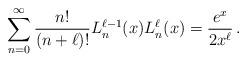
LaTeX: \begin{align*}\sum_{n=0}^{\infty}\frac{n!}{(n+\ell)!} L_n^{\ell-1}(x)L_n^{\ell}(x)=\frac{e^{x}}{2 x^{\ell}}\, .\end{align*}